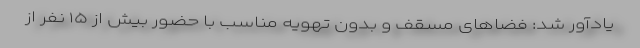
یادآور شد: فضاهای مسقف و بدون تهویه مناسب با حضور بیش از ۱۵ نفر از